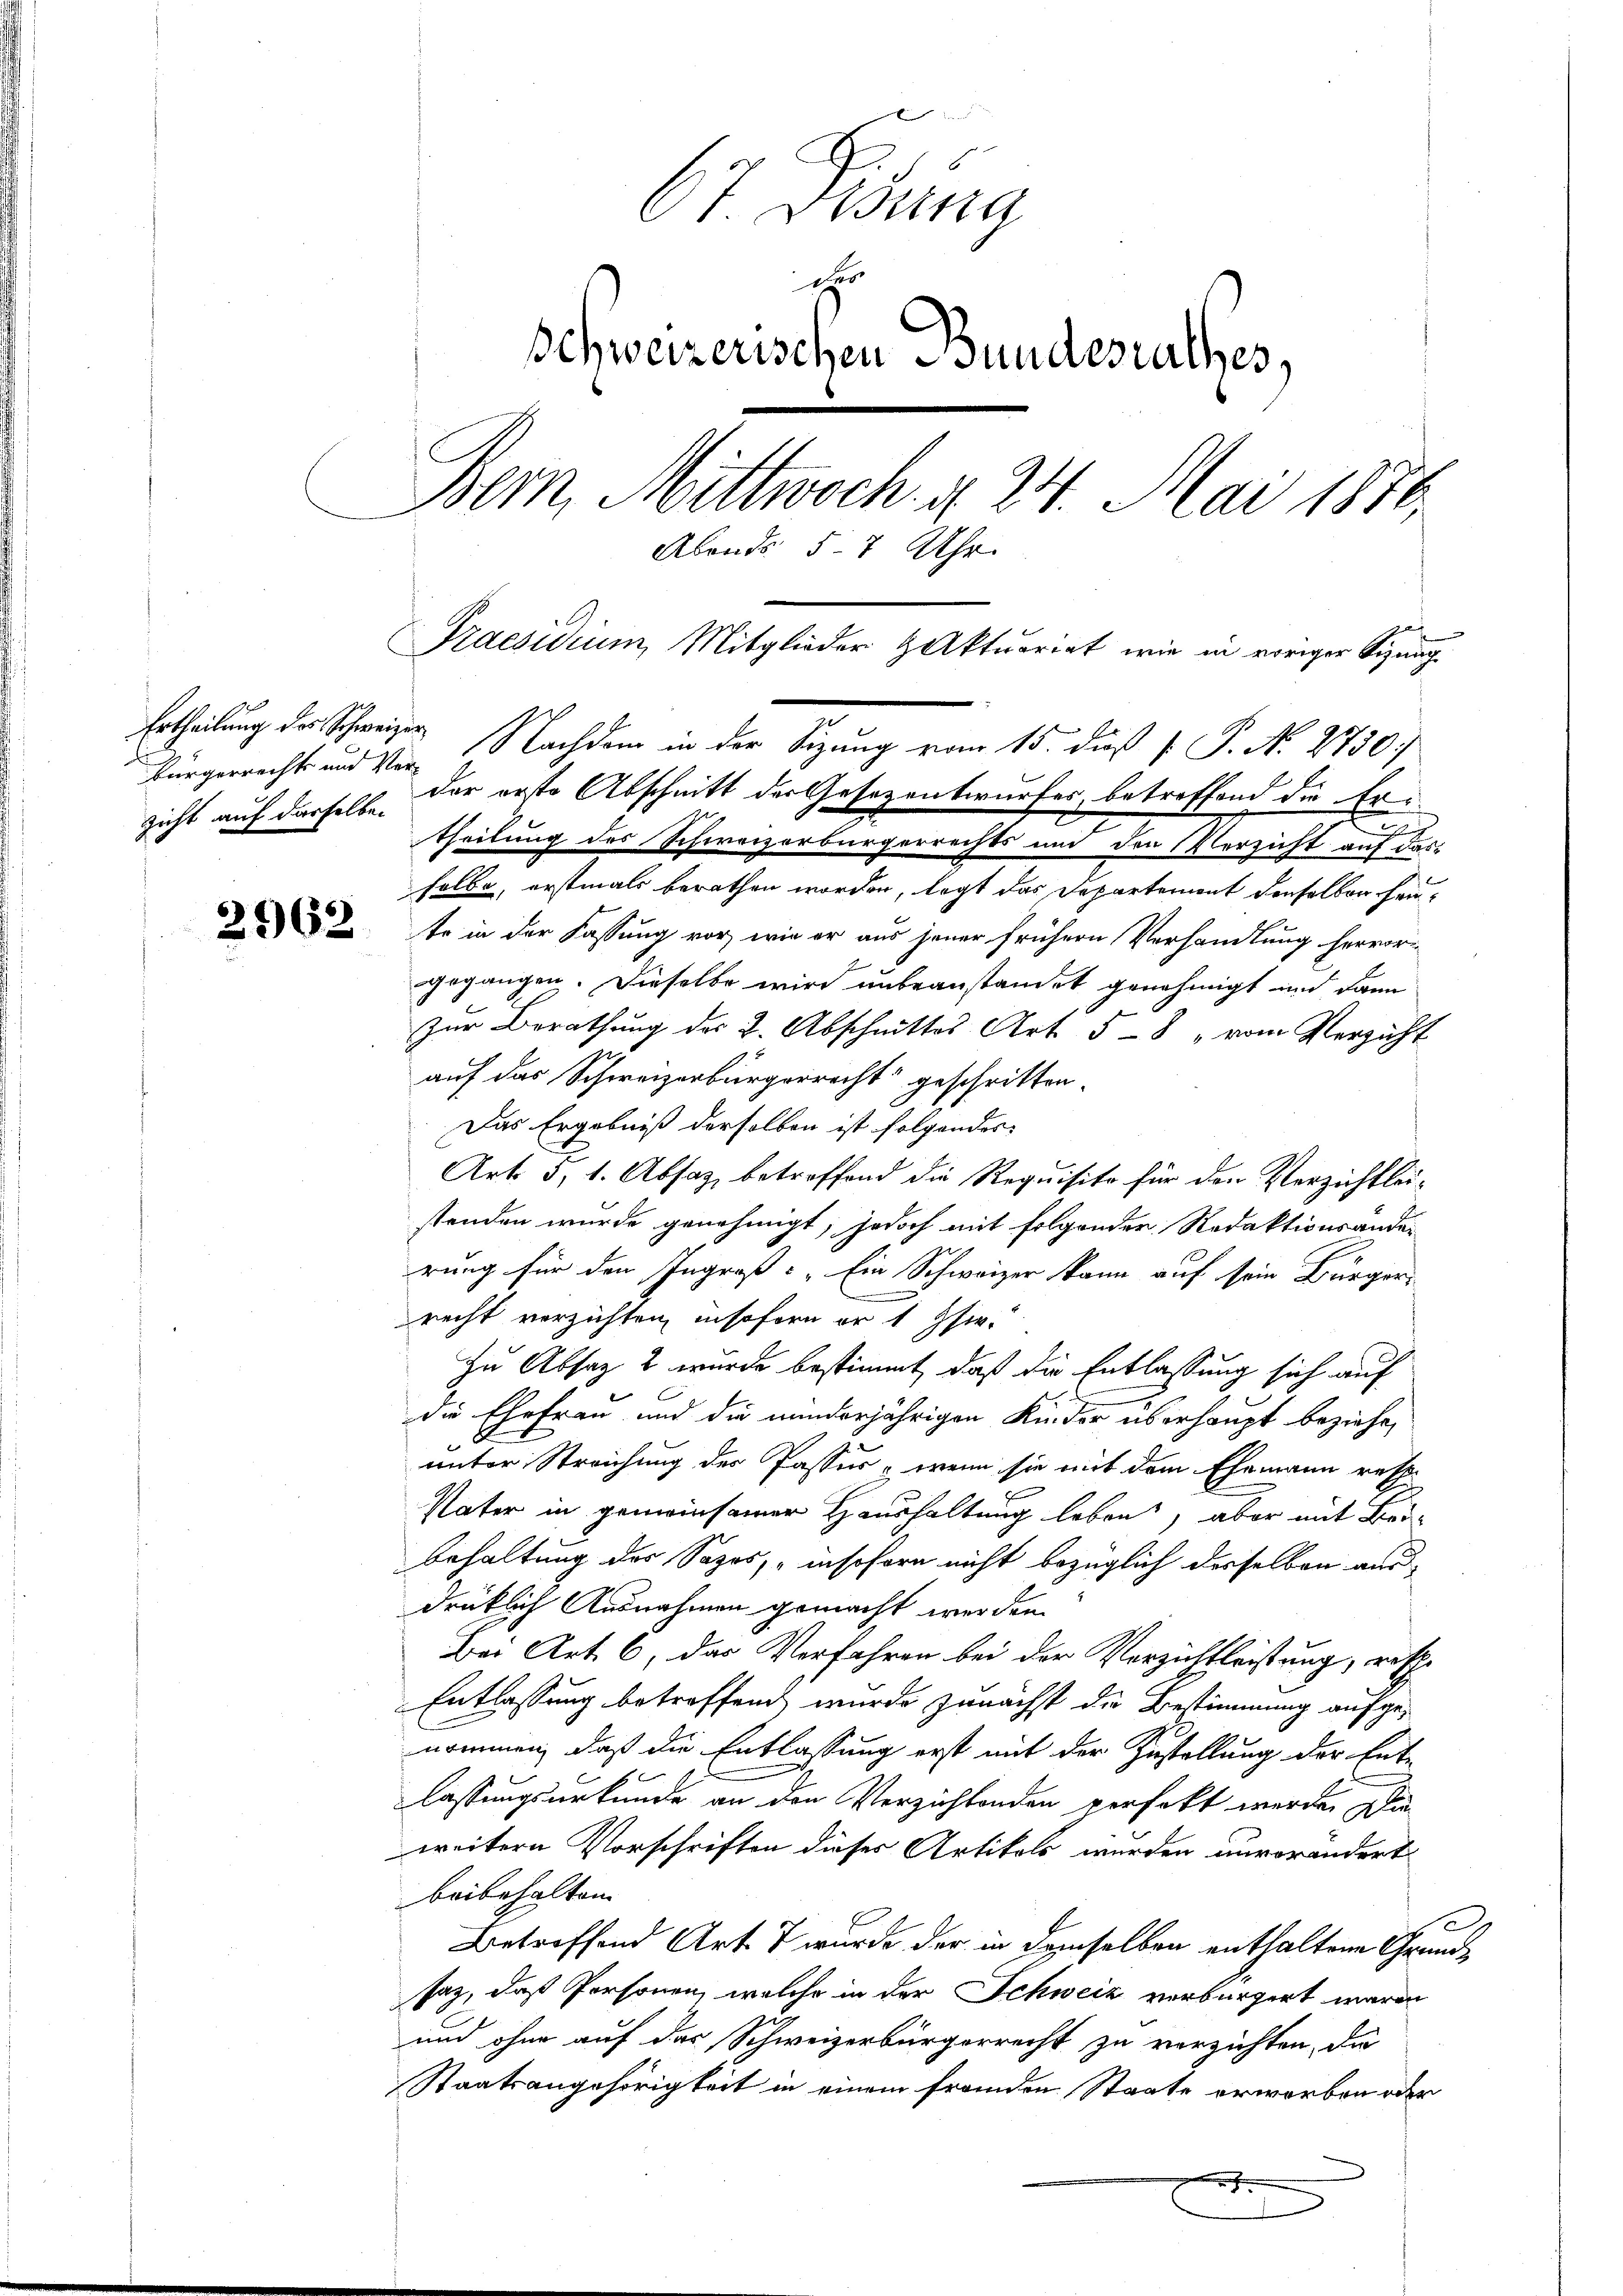
2962

St. Gesung
Schweizerischen Bundesurthes,
Bern, Mittwoch. d. 24. Mai 1876.
Abends 5-7 Uhr.
Praesidium, Mitglieder Aktuariat, wie in voriger Sitzung

Ertheilung des Schweizer¬

selbe, erstmals berathen worden, legt das Departement denselben heito in der Fassung vor, wie er aus jener frühern Verhandlung hervor-
gegangen. Dieselbe wird unbeanstandet genehmigt und dann
Zur Berathung des 2. Abschnittes Art. 58 " vom Verzicht
auf das Schweizerbürgerrecht“ geschritten.
Das Ergebniß derselben ist folgendes
Art. 5, 1. Absaz, betreffend die Requisite für den Verzichtleistanden wurde genehmigt; jedoch mit folgender Redaktionsänder
rung für den Ingroß: „Ein Schweizer kann auf sein Bürger
recht verzichten, insofern er 1 Zsw.
In Absatz 2 wurde bestimmt, daß die Entlassung sich auf
die Ehefrau und die minderjährigen Kinder überhaupt beziehe,
unter Streichung der Passus, wenn sie mit dem Ehemann resp.
Vater in gemeinsamer Haushaltung leben, aber mit Beibehaltung des Sozos, insofern nicht bezüglich derselben aus
drüklich Ausnahmen gemacht werden.
Bei Art. 6, das Verfahren bei der Verzichtleistung, resche
Entlassung betreffend, wurde zunächst die Bestimmung aufgenommen, daß die Entlassung erst mit der Zustellung der Ent-
lassungsurkunde an den Verzichtenden verfekt werde. Die
weitern Vorschriften dieses Artikels wurden unverändert
beibehalten.
Betreffend Art. 7 wurde der in demselben enthaltene Grundsaz, daß Personen, welche in der Schweiz verbürgert waren
und ohne auf das Schweizerbürgerrecht zu verzichten, die
Staatsangehörigkeit in einem fremden Staate erworben oder

Bürgerrecht und Ver- Nachdem in der Sitzung vom 15. dieß P. P. N. 2730/
zicht auf derfels. Der erste Abschnitt der Gesezentwurfes, betreffend die Fri
b
u
theilung des Schweizerbürgerrechts und den Verzicht auf das